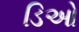
ડિઓ